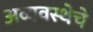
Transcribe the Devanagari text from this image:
अव्यवस्थेचे